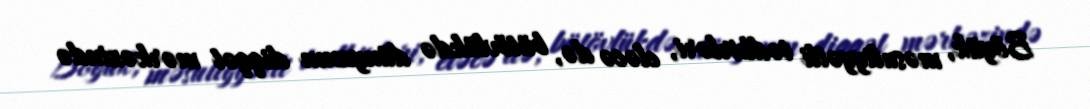
Böyük, məsuliyyətli tədbirləri, eləcə də, bütövlükdə dünyanın diqqət mərkəzində